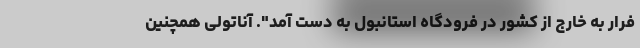
فرار به خارج از کشور در فرودگاه استانبول به دست آمد". آناتولی همچنین